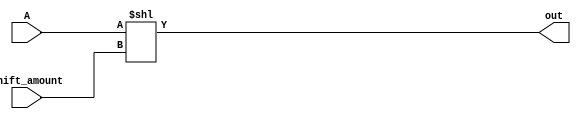
module sll(input[15:0] A, input[3:0] shift_amount,
			output[15:0] out);

	assign out = A << shift_amount;
	
endmodule

module srl(input[15:0] A, input[3:0] shift_amount,
			output[15:0] out);

	assign out = A >> shift_amount;
	
endmodule

module sra(input signed[15:0] A, input[3:0] shift_amount,
			output signed[15:0] out);

	assign out = A >>> shift_amount;

endmodule